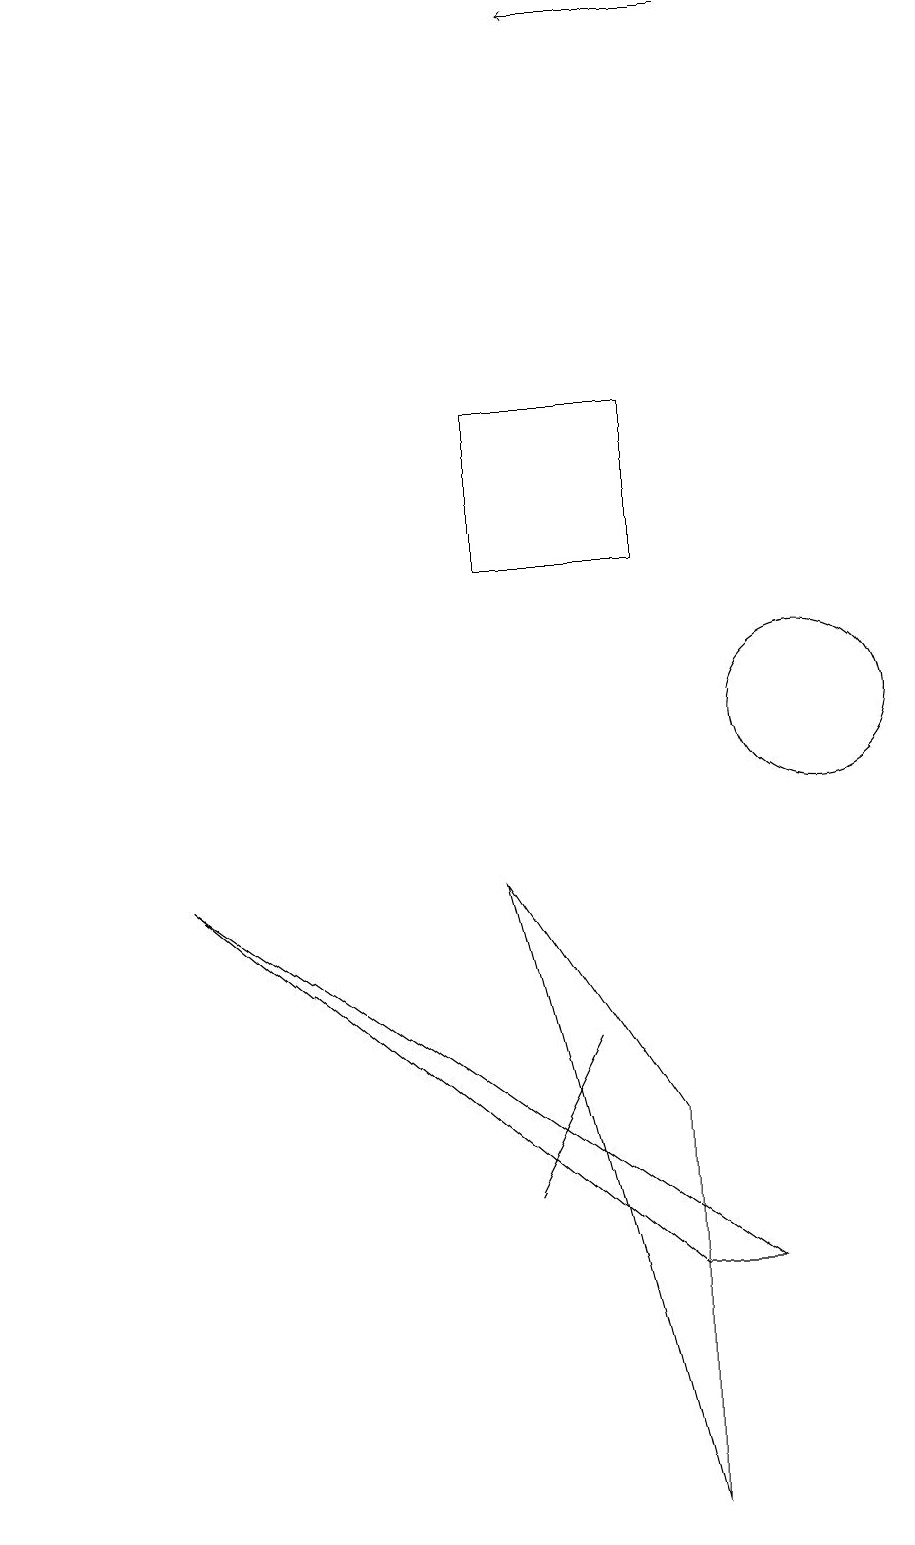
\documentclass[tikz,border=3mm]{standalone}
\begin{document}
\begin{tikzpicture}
\draw (8,12) rectangle (6,14);
\draw (6,8) -- (8,5) -- (8,0) -- cycle;
\draw[->] (9,19) -- (7,19);
\draw (6,4) -- (7,6) -- (6,4) -- cycle;
\draw (2,8) -- (8,3) -- (9,3) -- cycle;
\draw (10,10) circle (1);
\draw (0,17) rectangle (0,16);
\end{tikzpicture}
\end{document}